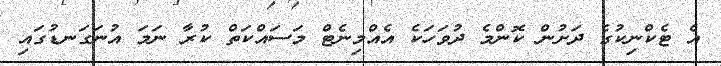
އެ ޓެކްނިކުގެ ދަށުން ކޮންމެ ދުވަހަކެ އެއްމިނެޓް މަސައްކަތް ކުރާ ނަމަ އުނަގަނޑުގައި